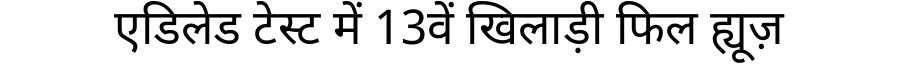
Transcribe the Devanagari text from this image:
एडिलेड टेस्ट में 13वें खिलाड़ी फिल ह्यूज़